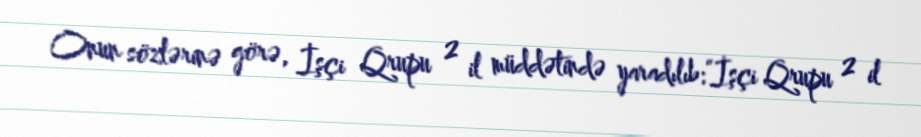
Onun sözlərinə görə, İşçi Qrupu 2 il müddətində yaradılıb:“İşçi Qrupu 2 il